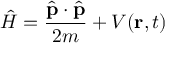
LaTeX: { \hat { H } } = { \frac { { \hat { \mathbf { p } } } \cdot { \hat { \mathbf { p } } } } { 2 m } } + V ( \mathbf { r } , t )